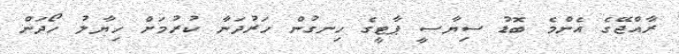
ރާއްޖޭގެ އެންމެ ބޮޑު ސިޔާސީ ޕާޓީގެ ހިނގުން ހަރުދަނާ ކުރުމަށް ހިޔާލު ހޯދަން